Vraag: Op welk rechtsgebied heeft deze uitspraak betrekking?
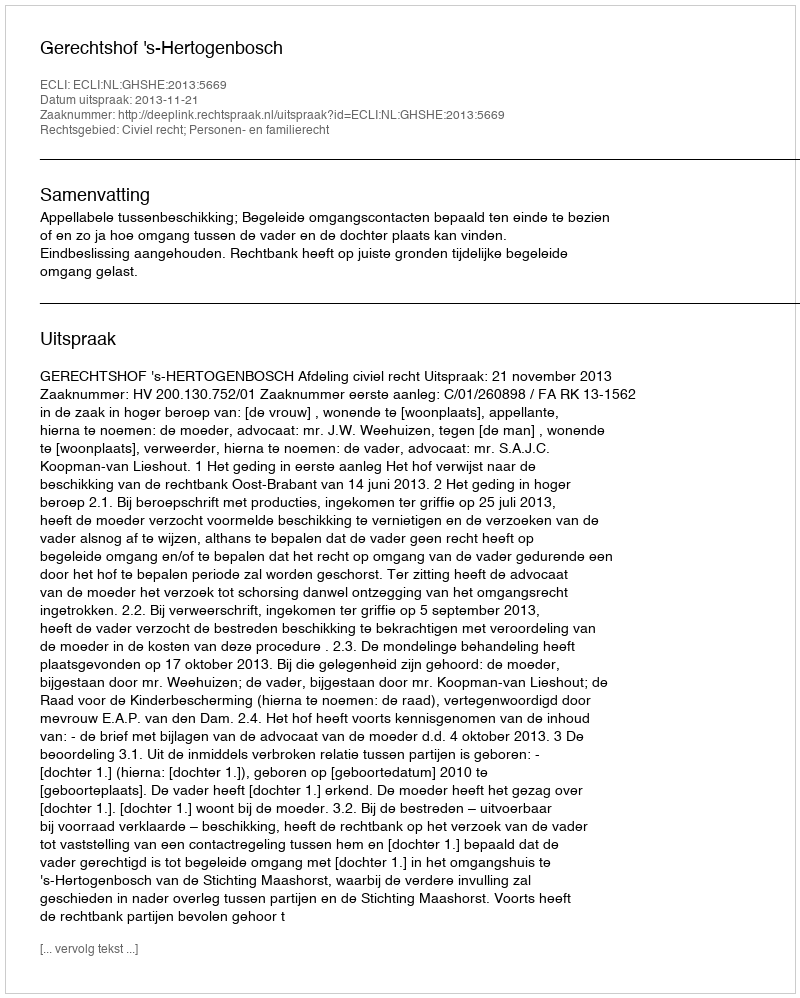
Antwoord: Civiel recht; Personen- en familierecht